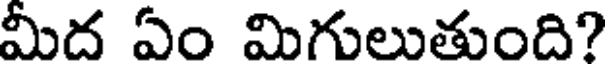
మీద ఏం మిగులుతుంది?